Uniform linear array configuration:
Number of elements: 8
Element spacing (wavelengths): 0.25
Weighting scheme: exponential
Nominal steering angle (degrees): -15
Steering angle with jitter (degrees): -13.414
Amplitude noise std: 0.05
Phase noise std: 0.05

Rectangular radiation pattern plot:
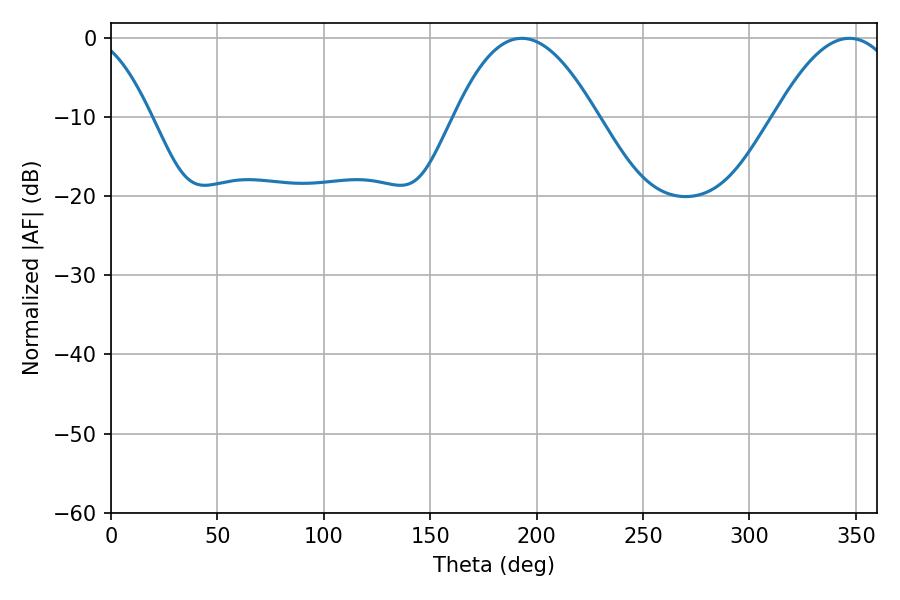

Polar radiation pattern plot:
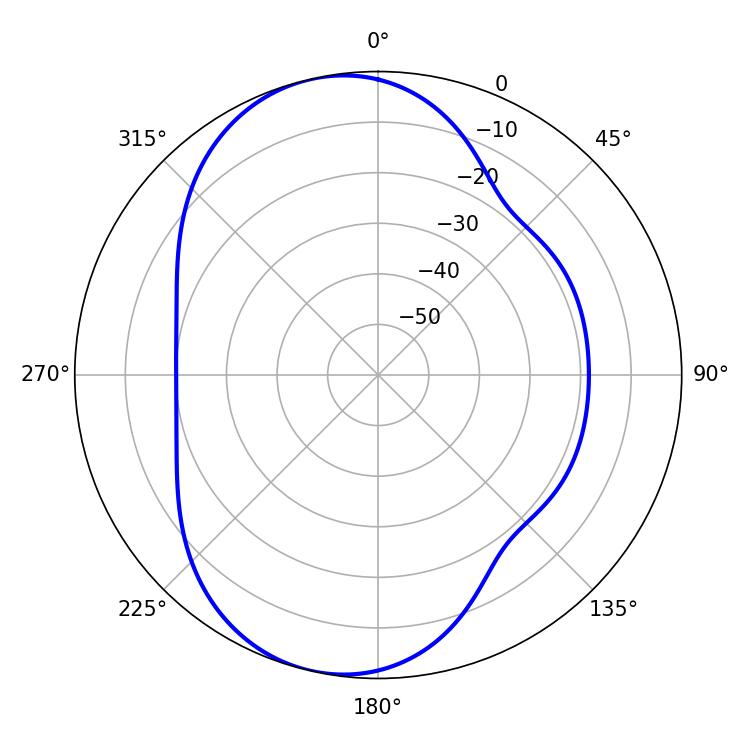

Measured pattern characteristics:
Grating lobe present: FALSE
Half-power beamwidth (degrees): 31.86
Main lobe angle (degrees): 347.04